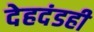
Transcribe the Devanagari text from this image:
देहदंडही